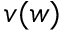
v ( w )